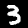
Label: 3